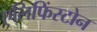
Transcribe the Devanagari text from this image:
एलिफिंस्टोन